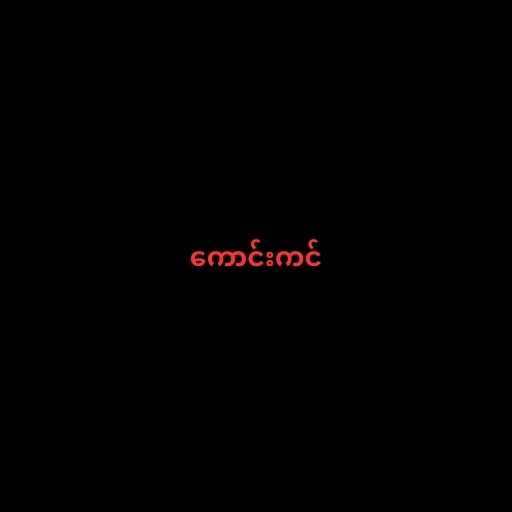
ကောင်းကင်